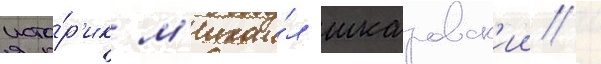
исто́р'ик м'ихаи́л шкаровск'ии /